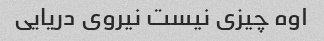
اوه چیزی نیست نیروی دریایی